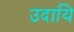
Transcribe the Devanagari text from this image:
उदायि